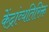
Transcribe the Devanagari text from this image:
केंद्रांव्यतिरिक्त